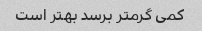
کمی گرمتر برسد بهتر است